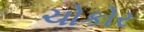
ચોકોર